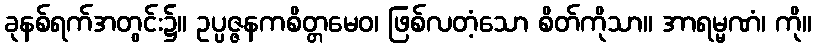
ခုနစ်ရက်အတွင်း၌။ ဥပ္ပဇ္ဇနကစိတ္တမေဝ၊ ဖြစ်လတံ့သော စိတ်ကိုသာ။ အာရမ္မဏံ၊ ကို။